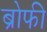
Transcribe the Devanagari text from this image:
ब्रोफी